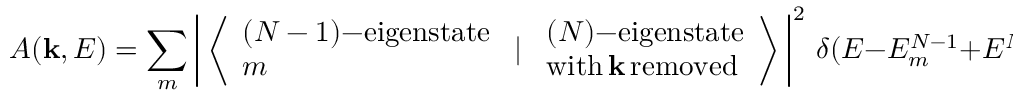
A ( \mathbf { k } , E ) = \sum _ { m } \left| \, \left\langle { \begin{array} { l } { ( N - 1 ) \mathrm { { \mathrm { - } } e i g e n s t a t e } } \\ { m } \end{array} } \, \, | \, \, { \begin{array} { l } { ( N ) \mathrm { { \mathrm { - } } e i g e n s t a t e } } \\ { \mathrm { w i t h \, } \mathbf { k } \mathrm { \, r e m o v e d } } \end{array} } \right\rangle \, \right| ^ { 2 } \, \delta ( E - E _ { m } ^ { N - 1 } + E ^ { N } )